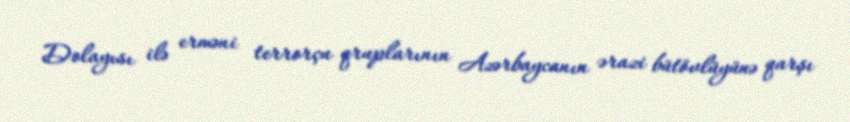
Dolayısı ilə erməni terrorçu qruplarının Azərbaycanın ərazi bütövlüyünə qarşı